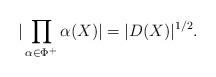
LaTeX: \begin{align*}|\prod_{\alpha\in \Phi^+}\alpha(X)| = |D(X)|^{1/2}.\end{align*}